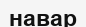
навар